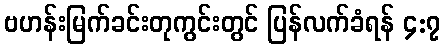
ဗဟန်းမြက်ခင်းတုကွင်းတွင် ပြန်လက်ခံရန် ၄:၇